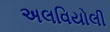
અલવિયોલી